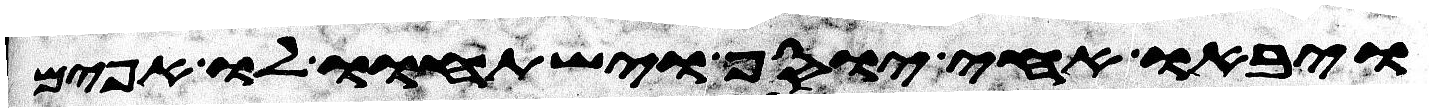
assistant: ויבאו אחי יוסף וישתחוו לו אפים